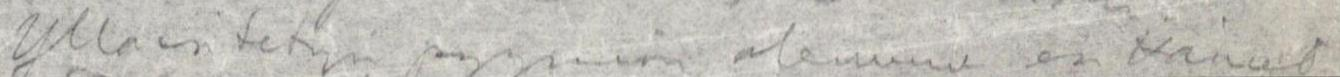
Ylläesitetyn pyynnön olemme esittäneet